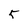
Character: 5